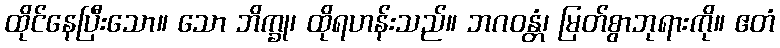
ထိုင်နေပြီးသော။ သော ဘိက္ခု၊ ထိုရဟန်းသည်။ ဘဂဝန္တံ၊ မြတ်စွာဘုရားကို။ ဧတံ